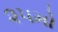
૨૫મો